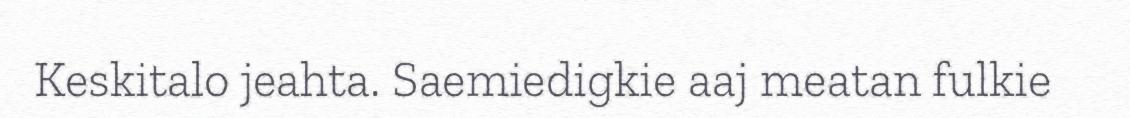
Keskitalo jeahta. Saemiedigkie aaj meatan fulkie